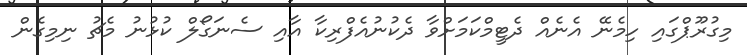
މިގުރޫޕްގައި ހިމެނޭ އެނެއް ދެޓީމްކަމަށްވާ ދެކުނުއެފްރިކާ އާއި ސެނަގޯލް ކުޅުނު މެޗު ނިމިގެން